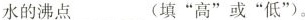
水的沸点___(填”高”或”低”)。